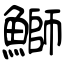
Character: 鰤